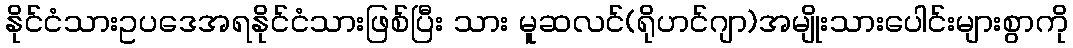
နိုင်ငံသားဥပဒေအရနိုင်ငံသားဖြစ်ပြီး သား မူဆလင်(ရိုဟင်ဂျာ)အမျိုးသားပေါင်းများစွာကို